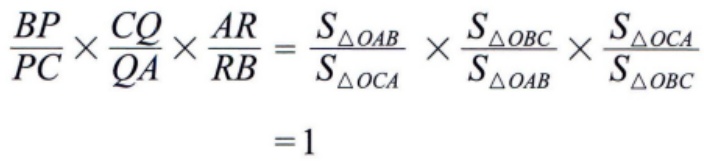
\[\frac{BP}{PC} \times \frac{CQ}{QA} \times \frac{AR}{RB} = \frac{S_{\triangle OAB}}{S_{\triangle OCA}} \times \frac{S_{\triangle OBC}}{S_{\triangle OAB}} \times \frac{S_{\triangle OCA}}{S_{\triangle OBC}} = 1\]